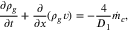
\frac { \partial \rho _ { g } } { \partial t } + \frac { \partial } { \partial x } ( \rho _ { g } v ) = - \frac { 4 } { D _ { 1 } } \dot { m } _ { c } ,